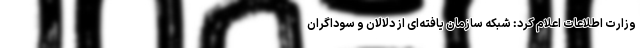
وزارت اطلاعات اعلام کرد: شبکه سازمان یافته‌ای از دلالان و سوداگران